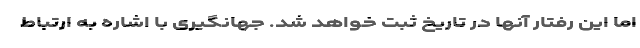
اما این رفتار آنها در تاریخ ثبت خواهد شد. جهانگیری با اشاره به ارتباط